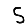
Digit: 5